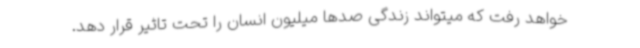
خواهد رفت که میتواند زندگی صدها میلیون انسان را تحت تاثیر قرار دهد.